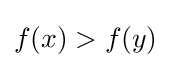
f(x)>f(y)